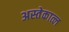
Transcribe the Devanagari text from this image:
अस्तेकात्ल